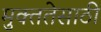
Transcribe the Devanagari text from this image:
मुक्ततेसाठी